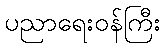
ပညာရေးဝန်ကြီး